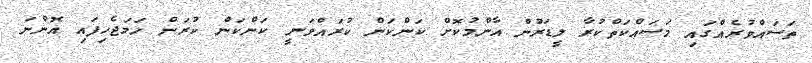
ތަސައްވުރެއްގައި މަސައްކަތްކުރާ ލީޑަރުން އާންމުކޮށް ކަންކަން ކުރައްވަނީ ކަންކަން ކުރަން ހަމަޖެހިފައި އޮންނަ